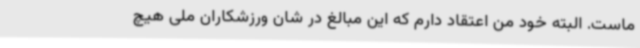
ماست. البته خود من اعتقاد دارم که این مبالغ در شان ورزشکاران ملی هیچ